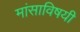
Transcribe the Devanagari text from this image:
मांसाविषयी